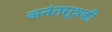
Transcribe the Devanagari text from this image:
अनंतसूत्रकी